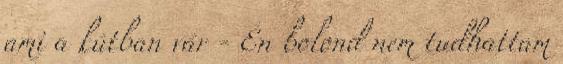
ami a kútban vár - Én bolond nem tudhattam